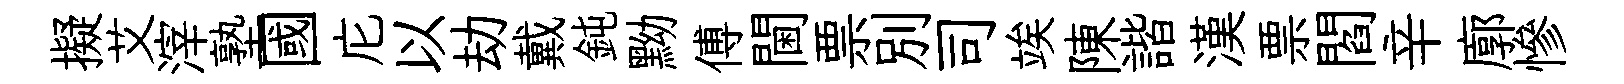
擬艾滓塾國庀以劫戴鈍黝傅閫票別司竢陳諧漢票閻辛廓慘